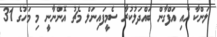
ލަންކާ އާއި އަފްގާން ބައްދަލުކުރާ ސެމީފައިނަލް މެޗު އޮންނާނީ މި މަހުގެ 31